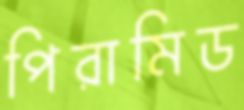
পিরামিড